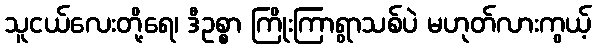
သူငယ်လေးတို့ရေ၊ ဒီဥစ္စာ ကြိုးကြာရွာသစ်ပဲ မဟုတ်လားကွယ့်